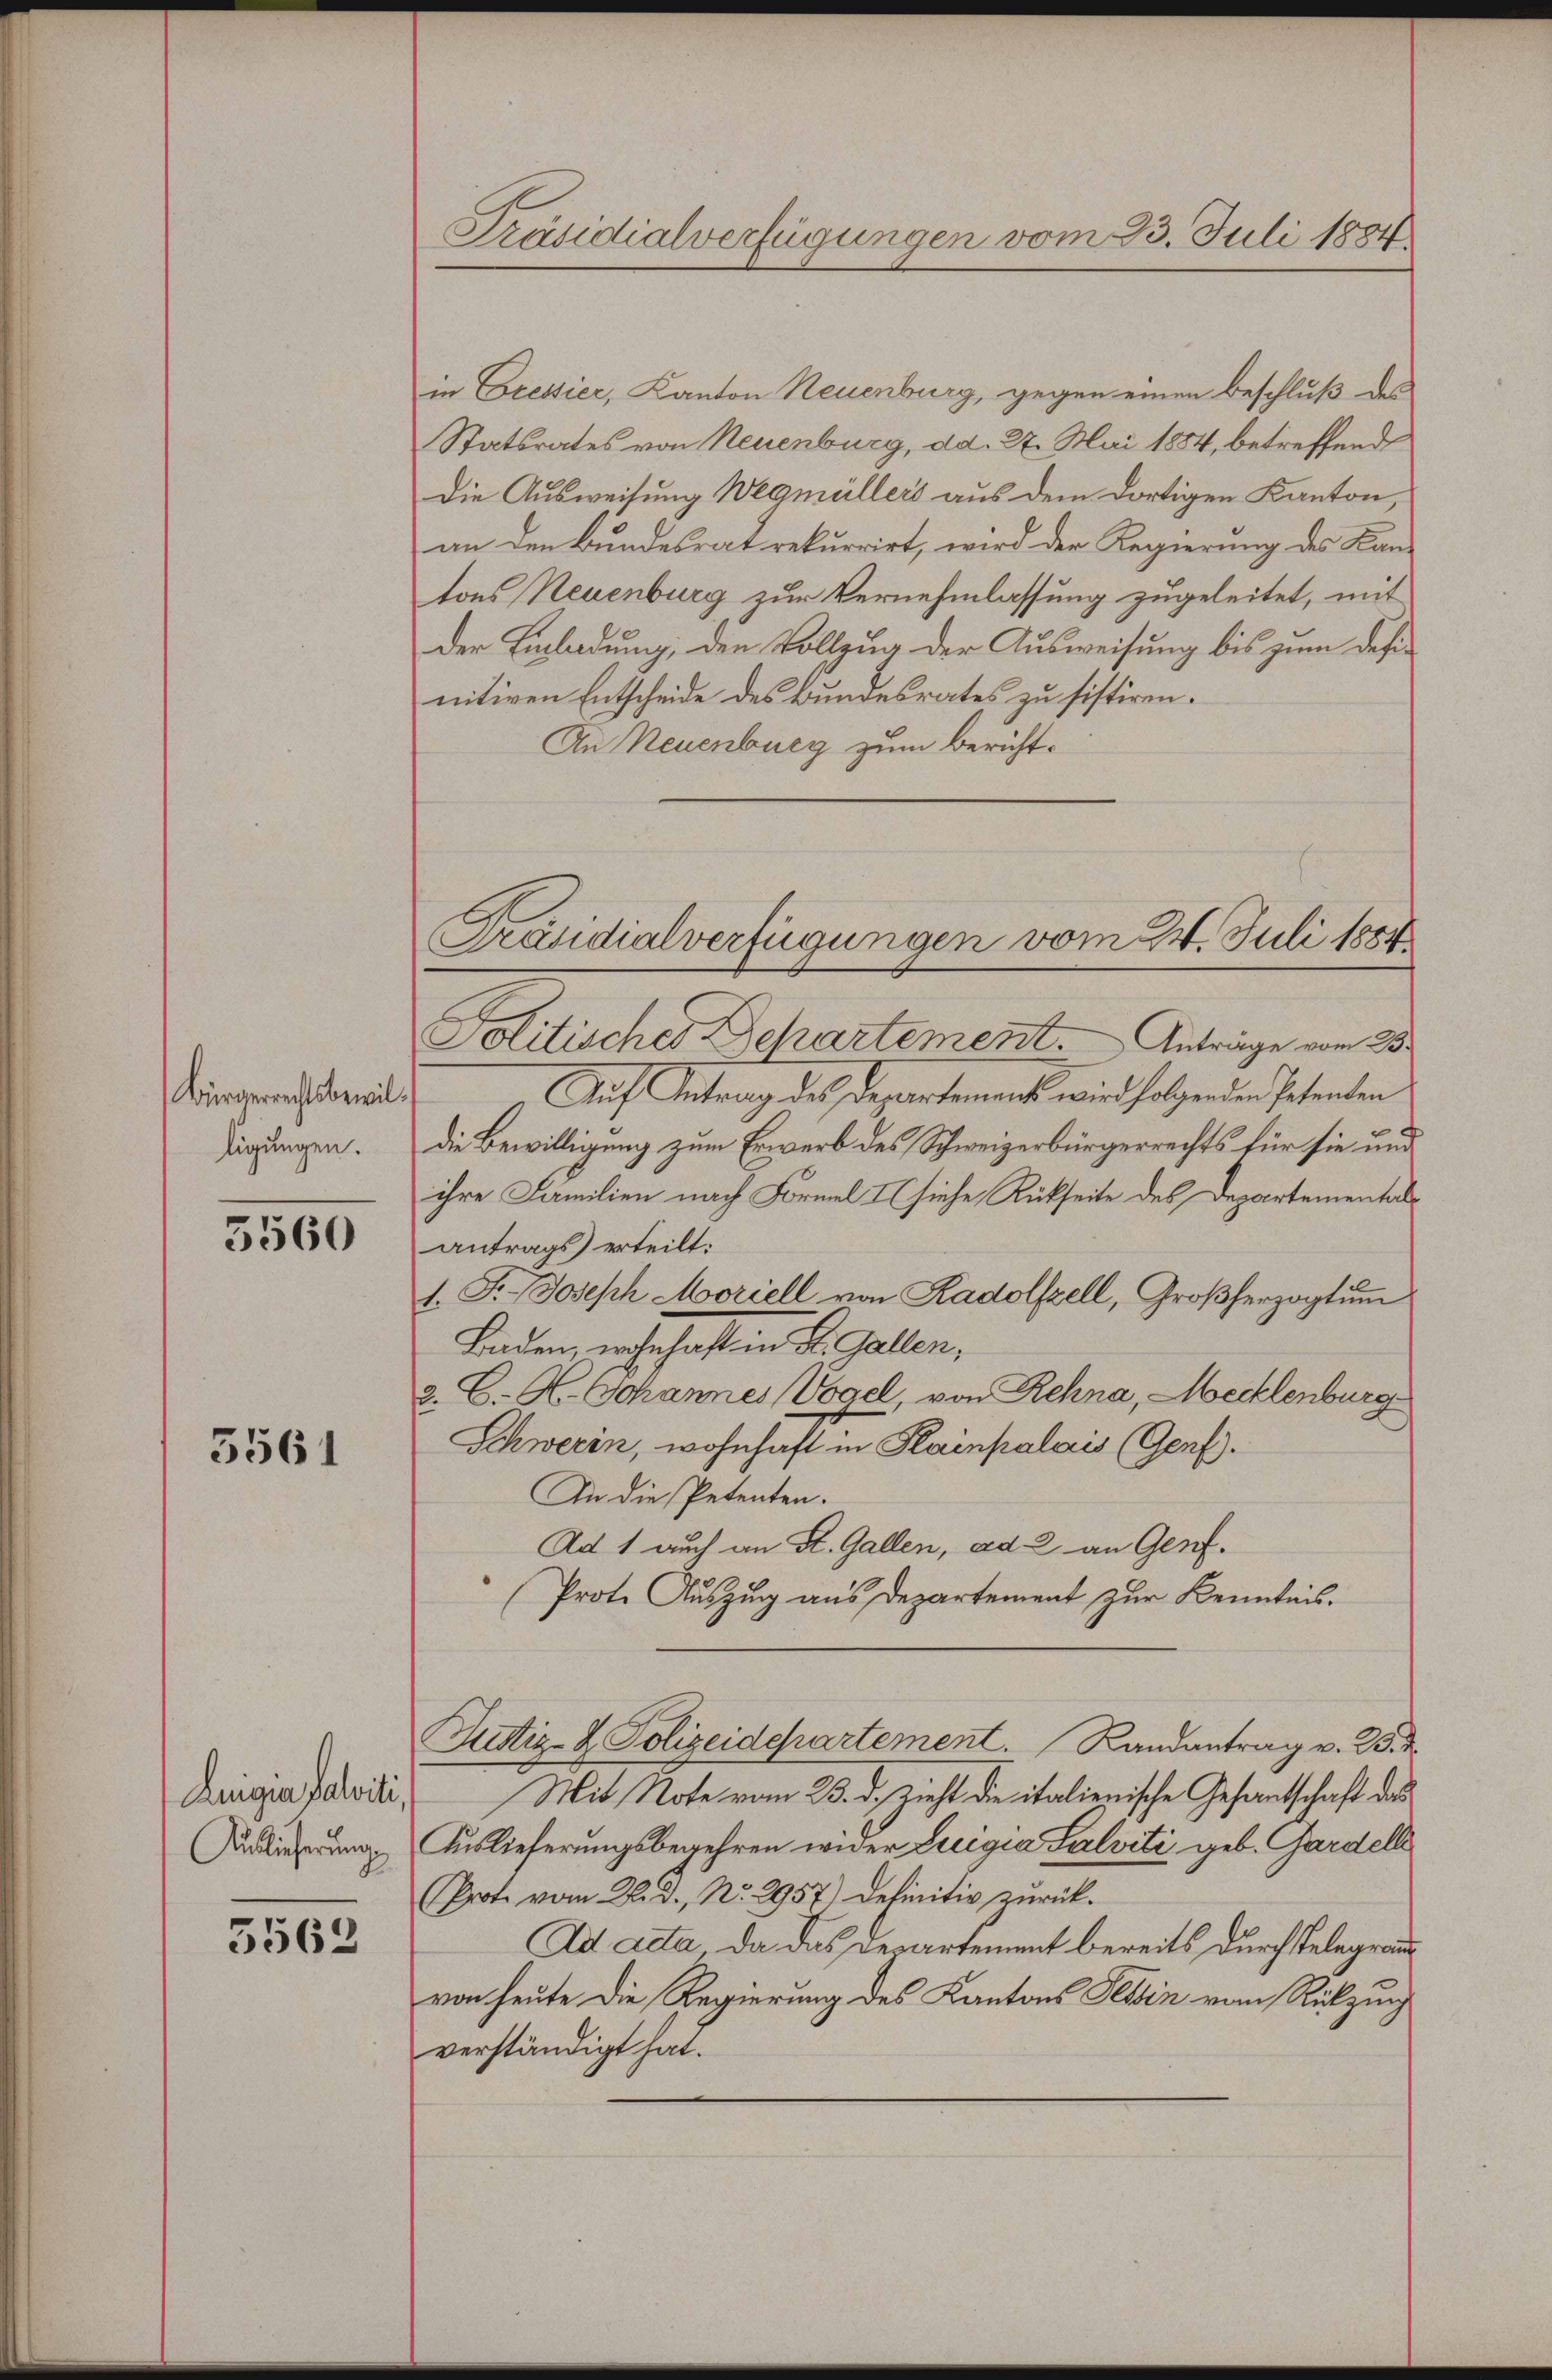
Bürgerrechtsbewil
ligungen.

3560

5561

Luigia salviti,
Auslieferungs

5562

Präsidialverfügungen vom 23. Juli 1884.

in Cressier, Kanton Neuenburg, gegen einen Beschluß des
Statsrates von Neuenburg, dd. 27. Mai 1884, betreffend
Die Ausweisung Wegmüllers aus dem dortigen Kanton,
an den Bundesrat rekurrirt, wird der Regierung des Kantons Neuenburg zur Vernehmlassung zugeleitet, mit
der Einladung, den Vollzug der Ausweisung bis zum definitiven Entscheide des Bundesrates zu sistiren.
An Neuenburg zum Bericht¬
Politisches Departement.       Anträge vom 23.
Auf Antrag des Departement wird folgenden Petenten
die Bewilligung zum Erwerb des Schweizerbürgerrechts für sie und
ihre Familien nach Formel I siehe Rückseite des Departementalantrags erteilt:
1. Fr. Joseph Moriell von Radolfzell, Großherzogtum
Baden, wohnhaft in St. Gallen,
2. C. H. Johannes Vogel, von Rehna, Mecklenburg
Schweren, wohnhaft in Plainpalais (Genf).
An die Petenten.
Ad 1 auch an St. Gallen, ad 2. an Genf.
Prote Auszug aus Departement zur Kenntnis¬
Justiz- & Polizeidepartement. Randantrag v. 25. 2
Mit Note vom 23. d. Zieht die italienische Gesantschaft das
Auslieferungsbegehren wider Luigia Salviti geb. Gardell
(Prote vom 22. D., No. 2957) Definitiv zurück¬
Ad Acta, da das Departement bereits durch Telegrauvon heute die Regierung des Kantons Tessin vom Rützung
verständigt hat.

Präsidialverfügungen vom 24. Juli 1884